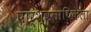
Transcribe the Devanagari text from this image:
पार्श्वगायिकेला